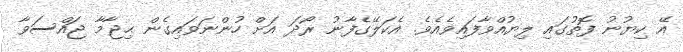
އޭ ކިޔުނު ފޮތުގައި ލިޔުއްވާފައިވެއެވެ. އެކަލޭގެފާނު ރޯދަ އަށް ހުންނަވައިގެން ޙިޖާމާ ޖައްސަވާ